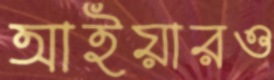
আইয়ারও